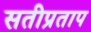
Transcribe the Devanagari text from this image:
सतीप्रताप